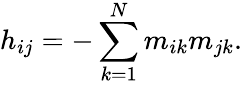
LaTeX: h_{ij}=-\sum_{k=1}^{N}m_{ik}m_{jk}.